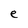
Character: e